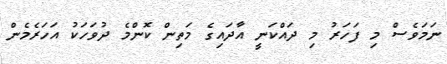
ނަމަވެސް މި ފަހަރު މި ދައްކަނީ އާދައިގެ މަތިން ކޮންމެ ދުވަހަކު އަހަރެމެން